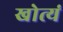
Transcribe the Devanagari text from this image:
खोत्यं